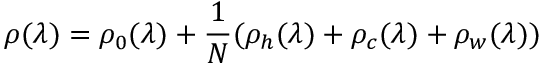
\rho ( \lambda ) = \rho _ { 0 } ( \lambda ) + \frac { 1 } { N } ( \rho _ { h } ( \lambda ) + \rho _ { c } ( \lambda ) + \rho _ { w } ( \lambda ) )